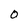
Character: 0